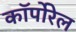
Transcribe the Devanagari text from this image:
कॉर्पोरेल